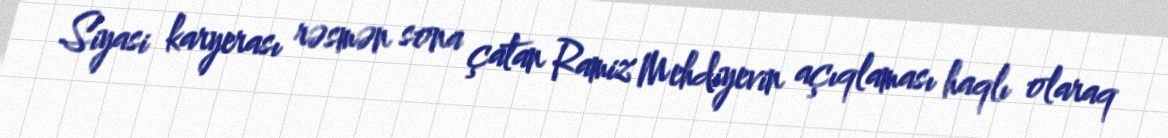
Siyasi karyerası rəsmən sona çatan Ramiz Mehdiyevin açıqlaması haqlı olaraq